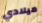
ميلادي